Civil Veterinary Department Bihar & Orissa reports 1922-29 - 1922-1929
Year: 1922
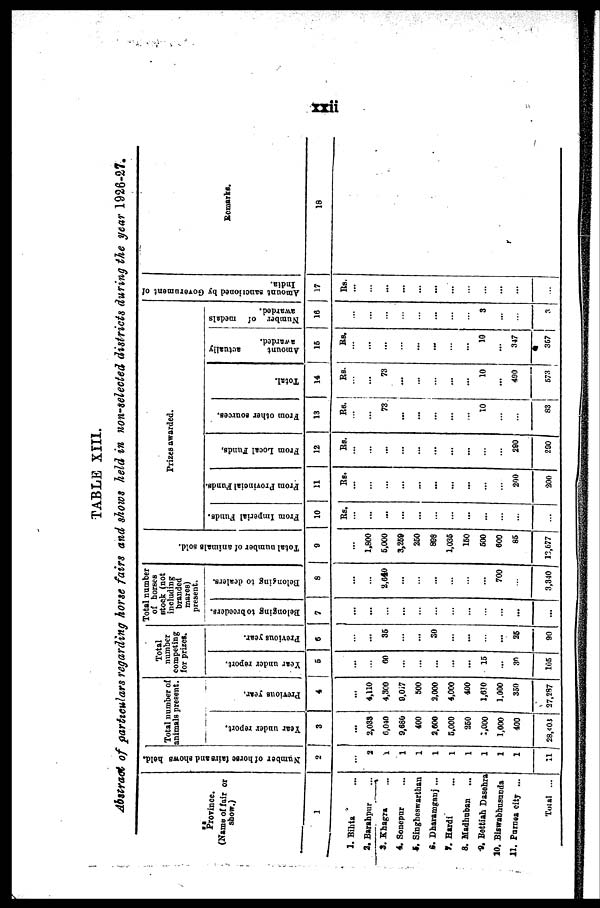
TABLE XIII.
Abstract of particulars regarding horse fairs and shows held in non-selected districts during the year 1926-27.
Province.
(Name of fair or
show.)
1
1. Bihta
2. Barahpur
3. Khagra
4. Sonepur
5. Singheswarthan
6. Dharamganj ...
7. Hardi
8. Madhuban
9. Bettiah Dasehra
10. Biswabhusunda
11. Purnea city ...
Total ...
Number of horse fairs and shows held.
2
...
2
1
1
1
1
1
1
1
1
1
11
Total number of
animals present.
Year under report.
3
...
2,033
6,040
9,680
400
2,600
5,000
250
2,000
1,000
400
28,403
Previous year.
4
4,110
4,300
9,0i7
500
3,000
4,000
400
1,610
1,000
350
27,287
Total
number
competing
for prizes.
Year under report.
5
...
60
...
...
...
...
...
15
...
30
105
Previous year.
6
...
35
...
...
30
...
...
...
...
25
90
Total number
of horses
stock (not
including
branded
mares)
present.
Belonging to breeders.
7
)
...
...
...
...
...
...
...
...
...
...
...
Belonging to dealers.
8
...
2,640
...
...
...
...
...
...
700
...
3,340
Total number of animals sold.
0
1,800
5,000
3,259
250
898
1,035
150
500
600
86
13,077
Prizes awarded.
From Imperial Funds.
10
Rs.
...
...
...
...
...
...
...
...
...
...
...
From Provincial Funds.
11
Re.
...
...
...
...
...
...
...
...
...
200
200
From Local Funds,
12
Rs.
...
...
...
...
...
...
...
...
...
290
200
From other sources.
13
Rs.
...
73
...
...
...
...
...
10
...
...
83
Total.
14
Rs.
...
73
...
...
...
...
...
10
...
400
573
Amount
actually
awarded.
15
Rs.
...
...
...
...
...
...
...
10
...
347 I
367
Number of medals
awarded.
16
...
...
...
...
...
...
...
3
...
...
3
Amount sanctioned by Government of
India.
17
Rs.
...
...
...
...
...
...
...
...
...
...
...
Remarks.
18